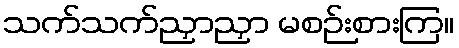
သက်သက်ညှာညှာ မစဉ်းစားကြ။